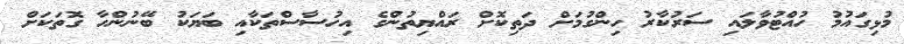
މުޅިގައުމު ހުއްޓުވާލައި ސަރުކާރު ހިންގުމަށް ދަތިކޮށް ރައްޔިތުންގެ އިހުސާސްތަކާއި ބަޔަކު ބޭނުންހާ ގޮތަކަށް